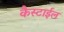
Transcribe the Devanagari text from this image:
कैस्टाईल